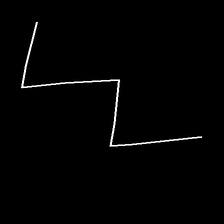
Glyph: crush